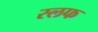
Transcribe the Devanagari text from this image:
स्लफ